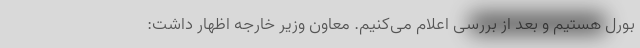
بورل هستیم و بعد از بررسی اعلام می‌کنیم. معاون وزیر خارجه اظهار داشت: